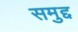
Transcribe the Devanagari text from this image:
समुद्द